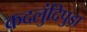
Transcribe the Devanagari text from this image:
कदलुंदिपुड़ा